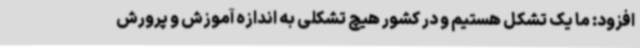
افزود: ما یک تشکل هستیم و در کشور هیچ تشکلی به اندازه آموزش و پرورش